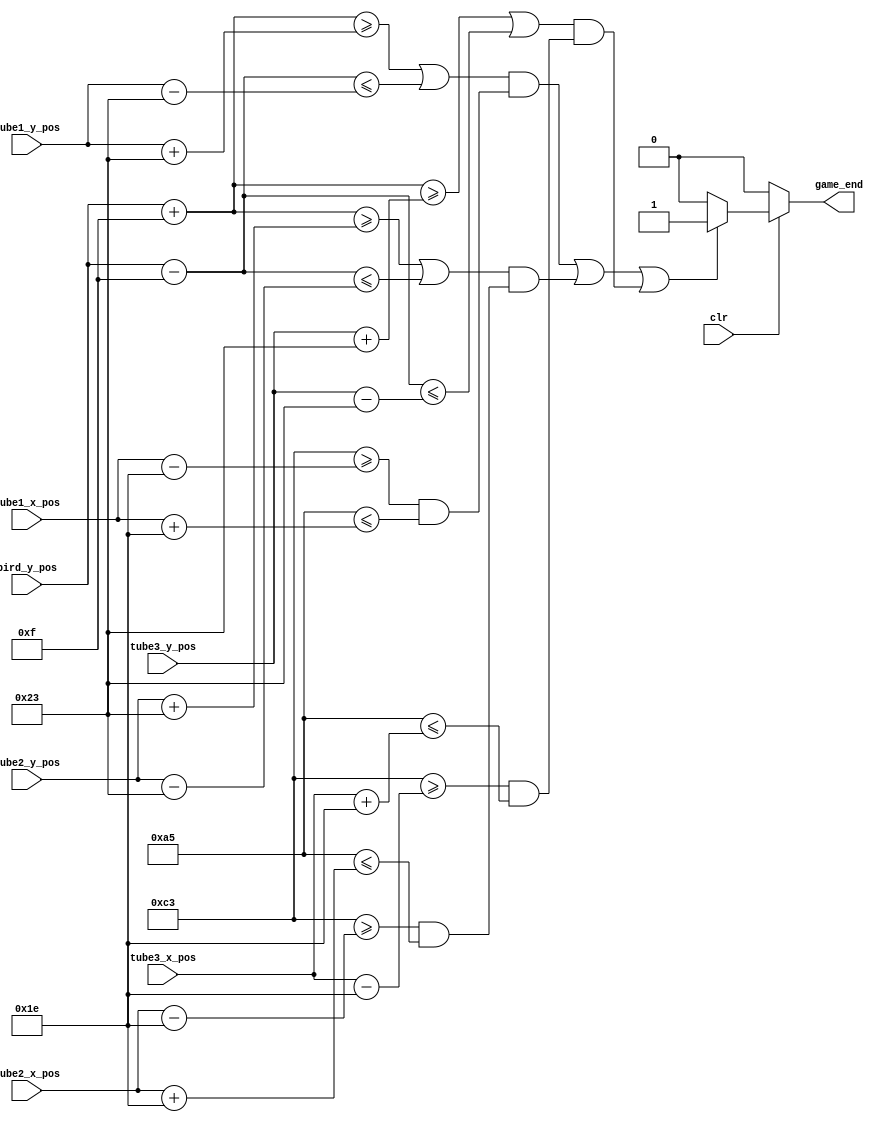
module Crash_Detect(
    input clr,
    input [9:0] bird_y_pos,
    input [9:0] tube1_x_pos,
    input [9:0] tube1_y_pos,
    input [9:0] tube2_x_pos,
    input [9:0] tube2_y_pos,
    input [9:0] tube3_x_pos,
    input [9:0] tube3_y_pos,
    output game_end
    );
	 
	wire crash;
	
	// Set bird_x_pos
	wire [9:0] bird_x_pos;
	assign bird_x_pos = 10'd180; 
	
	// Check whether crash: 1 crash, 0 not yet
	assign crash = (
		(((bird_y_pos + 10'd15 >= tube1_y_pos + 10'd35) | (bird_y_pos - 10'd15 <= tube1_y_pos - 10'd35)) &
			((bird_x_pos + 10'd15 >= tube1_x_pos - 10'd30) & (bird_x_pos - 10'd15 <= tube1_x_pos + 10'd30))) |
		(((bird_y_pos + 10'd15 >= tube2_y_pos + 10'd35) | (bird_y_pos -10'd15 <= tube2_y_pos - 10'd35)) &
			((bird_x_pos + 10'd15 >= tube2_x_pos - 10'd30) & (bird_x_pos - 10'd15 <= tube2_x_pos + 10'd30))) |
		(((bird_y_pos + 10'd15 >= tube3_y_pos + 10'd35) | (bird_y_pos - 10'd15 <= tube3_y_pos - 10'd35)) &
			((bird_x_pos + 10'd15 >= tube3_x_pos - 10'd30) & (bird_x_pos - 10'd15 <= tube3_x_pos + 10'd30)))
		);
	
	// Output whether game ends: 1 ends, 0 not yet
	assign game_end = 
		(!clr) ? 0:
		(crash) ? 1:
		0;

endmodule